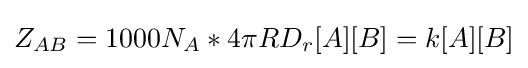
Z_{AB}=1000N_{A}*4\pi RD_{r}[A][B]=k[A][B]